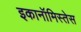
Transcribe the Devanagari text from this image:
इकानॉमिस्तेस